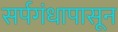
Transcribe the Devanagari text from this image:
सर्पगंधापासून